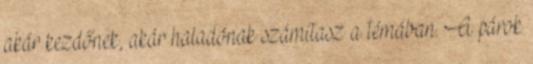
akár kezdőnek, akár haladónak számítasz a témában. A párok